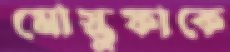
মোস্তুফাকে